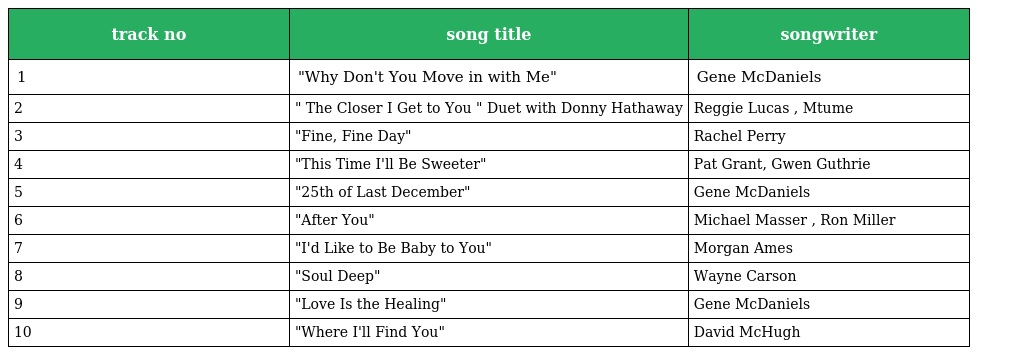
| track no | song title | songwriter |
 | --- | --- | --- |
 | 1 | "Why Don't You Move in with Me" | Gene McDaniels |
 | 2 | " The Closer I Get to You " Duet with Donny Hathaway | Reggie Lucas , Mtume |
 | 3 | "Fine, Fine Day" | Rachel Perry |
 | 4 | "This Time I'll Be Sweeter" | Pat Grant, Gwen Guthrie |
 | 5 | "25th of Last December" | Gene McDaniels |
 | 6 | "After You" | Michael Masser , Ron Miller |
 | 7 | "I'd Like to Be Baby to You" | Morgan Ames |
 | 8 | "Soul Deep" | Wayne Carson |
 | 9 | "Love Is the Healing" | Gene McDaniels |
 | 10 | "Where I'll Find You" | David McHugh |